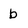
Character: b